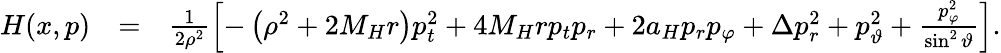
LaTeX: \begin{array}{rlr}{H(x,p)}&{=}&{\frac{1}{2\rho^{2}}\left[-\left(\rho^{2}+2M_{H}r\right)p_{t}^{2}+4M_{H}rp_{t}p_{r}+2a_{H}p_{r}p_{\varphi}+\Delta p_{r}^{2}+p_{\vartheta}^{2}+\frac{p_{\varphi}^{2}}{\sin^{2}\vartheta}\right].}\end{array}